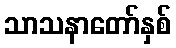
သာသနာတော်နှစ်